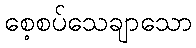
စေ့စပ်သေချာသော